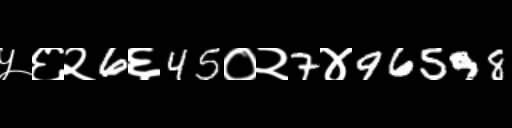
Text: ५६२6६45०२7४96598